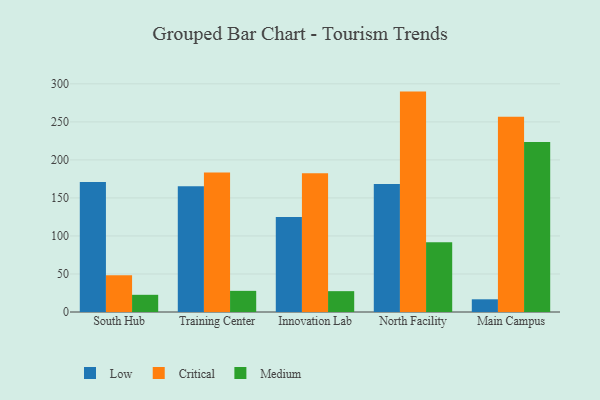
{"axis": {"x": "Campus", "y": "Customer Acquisition Cost (USD)"}, "legend": ["Critical", "Low", "Medium"], "data": [{"x": "South Hub", "y": 170.9, "type": "Low"}, {"x": "South Hub", "y": 48.4, "type": "Critical"}, {"x": "South Hub", "y": 22.6, "type": "Medium"}, {"x": "Training Center", "y": 165.4, "type": "Low"}, {"x": "Training Center", "y": 183.4, "type": "Critical"}, {"x": "Training Center", "y": 27.8, "type": "Medium"}, {"x": "Innovation Lab", "y": 125.0, "type": "Low"}, {"x": "Innovation Lab", "y": 182.4, "type": "Critical"}, {"x": "Innovation Lab", "y": 27.4, "type": "Medium"}, {"x": "North Facility", "y": 168.3, "type": "Low"}, {"x": "North Facility", "y": 289.8, "type": "Critical"}, {"x": "North Facility", "y": 91.8, "type": "Medium"}, {"x": "Main Campus", "y": 16.7, "type": "Low"}, {"x": "Main Campus", "y": 256.8, "type": "Critical"}, {"x": "Main Campus", "y": 223.4, "type": "Medium"}]}